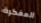
المفكرة